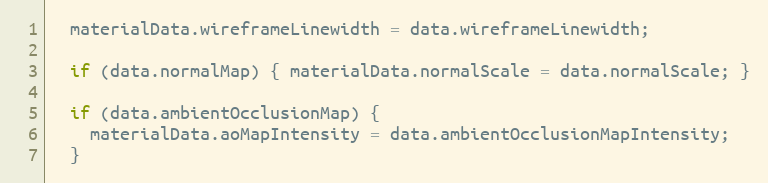
Language: JavaScript
  materialData.wireframeLinewidth = data.wireframeLinewidth;

  if (data.normalMap) { materialData.normalScale = data.normalScale; }

  if (data.ambientOcclusionMap) {
    materialData.aoMapIntensity = data.ambientOcclusionMapIntensity;
  }